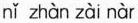
nǐ zhàn zài nàr